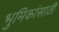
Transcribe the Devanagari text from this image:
भुमिकांसाठी